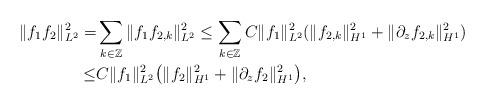
LaTeX: \begin{align*}\|f_1f_2\|_{L^2}^2=&\sum\limits_{k\in\mathbb{Z}}\|f_1f_{2,k}\|_{L^2}^2\leq \sum\limits_{k\in\mathbb{Z}}C\|f_1\|_{L^2}^2(\|f_{2,k}\|_{H^{1}}^2+\|\partial_zf_{2,k}\|_{H^{1}}^2)\\ \leq&C\|f_1\|_{L^2}^2\big(\|f_{2}\|_{H^{1}}^2+\|\partial_zf_{2}\|_{H^{1}}^2\big),\end{align*}